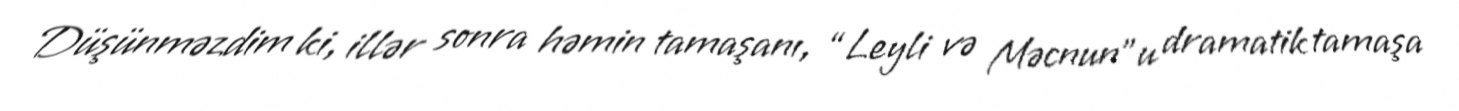
Düşünməzdim ki, illər sonra həmin tamaşanı, “Leyli və Məcnun”u dramatik tamaşa